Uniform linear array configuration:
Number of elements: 4
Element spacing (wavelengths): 0.25
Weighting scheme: kaiser
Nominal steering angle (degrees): -60
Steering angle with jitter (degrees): -58.815
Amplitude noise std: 0.05
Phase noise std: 0.05

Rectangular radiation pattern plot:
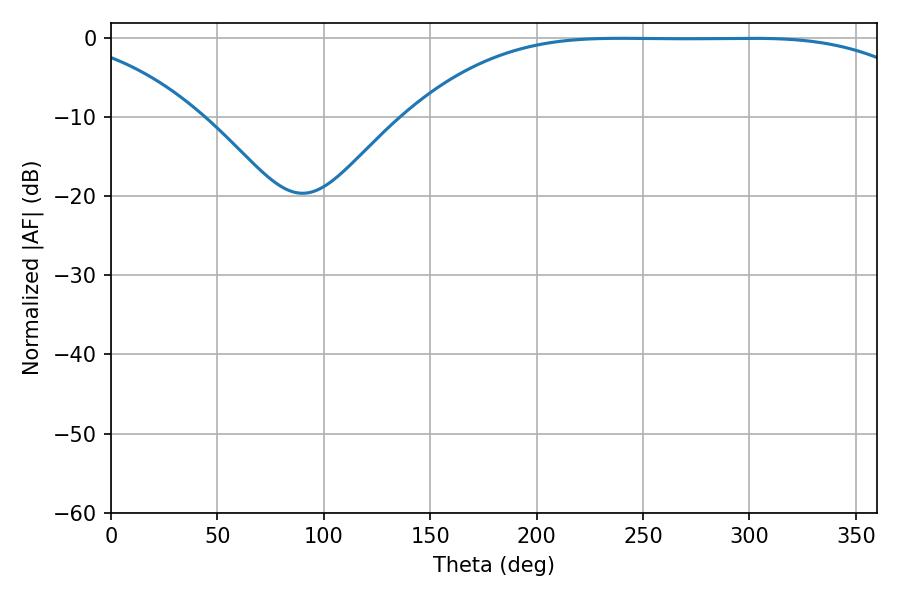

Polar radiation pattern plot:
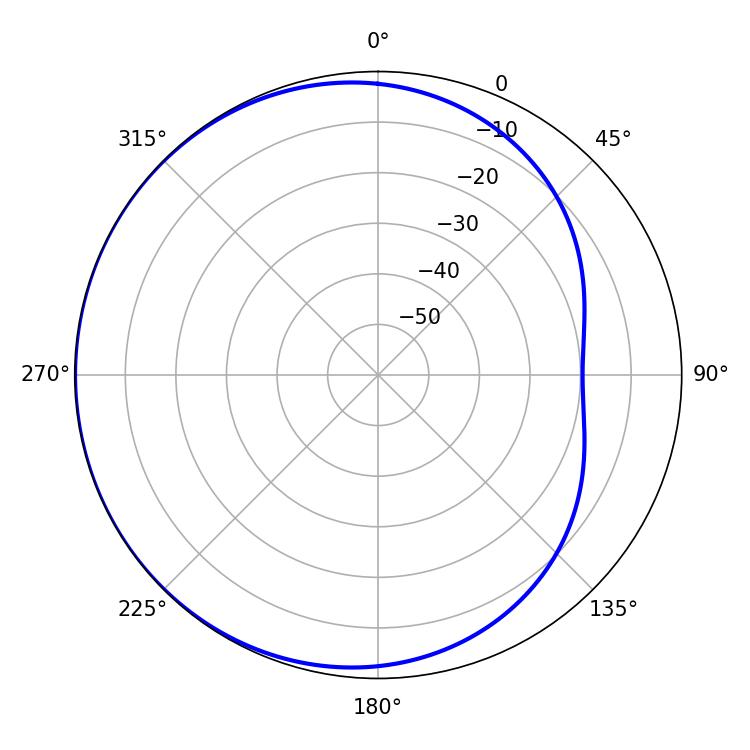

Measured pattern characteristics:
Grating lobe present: FALSE
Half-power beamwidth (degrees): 185.04
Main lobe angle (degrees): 300.24